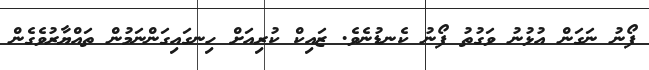
ފޯނު ނަގަން އުޅުނު ވަގުތު ފޯނު ކެނޑުނެވެ. ޒައިކް ކުރިއަށް ހިނގައިގަންނަމުން ތައްޔާރުވެގެން